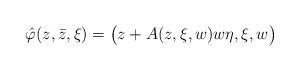
LaTeX: \begin{align*}\hat\varphi(z,\bar{z},\xi)=\bigl(z+A(z,\xi, w)w\eta, \xi,w\bigr)\end{align*}